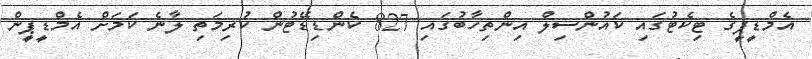
އެމްޑީޕީގެ ޓިކެޓުގައި ކައުންސިލް އިންތިހާބުގައި 827 ކެންޑިޑޭޓުން ކުރިމަތި ލާނެ ކަމަށް އެމްޑީޕީން